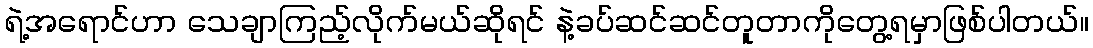
ရဲ့အရောင်ဟာ သေချာကြည့်လိုက်မယ်ဆိုရင် နဲ့ခပ်ဆင်ဆင်တူတာကိုတွေ့ရမှာဖြစ်ပါတယ်။